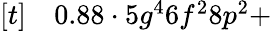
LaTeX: \begin{array}{rl}{[t]}&{{}0.88\cdot 5g^{4}6f^{2}8p^{2}+}\end{array}